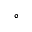
^ { \circ }